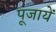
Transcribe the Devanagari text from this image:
पूजायें